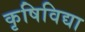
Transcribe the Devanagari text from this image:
कृषिविद्या